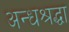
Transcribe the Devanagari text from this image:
अन्धश्रद्धा